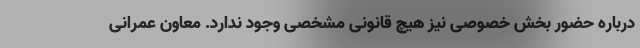
درباره حضور بخش خصوصی نیز هیچ قانونی مشخصی وجود ندارد. معاون عمرانی